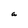
Character: a